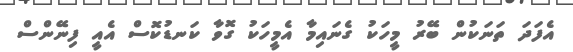
އެފަަދަ ތަނަކުން ބޭރު މީހަކު ގެނައިމާ އެމީހަކު ގޮވާ ކަނޑުކޮސް އެއީ ފިނޭންސް